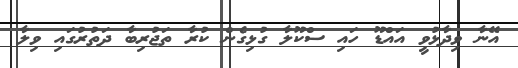
އޭނާ ވިދާޅުވީ އައްޑޫ ހައި ސްކޫލާ ގުޅިގެން ކުރާ ތަޖުރިބާ ދަތުރުގައި ވިލާ